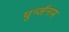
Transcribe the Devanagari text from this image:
पुर्न्जनम